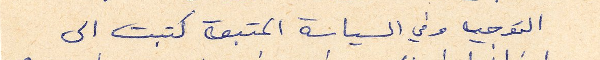
التوجيه وفي السياسة المتبعة كتبت الى